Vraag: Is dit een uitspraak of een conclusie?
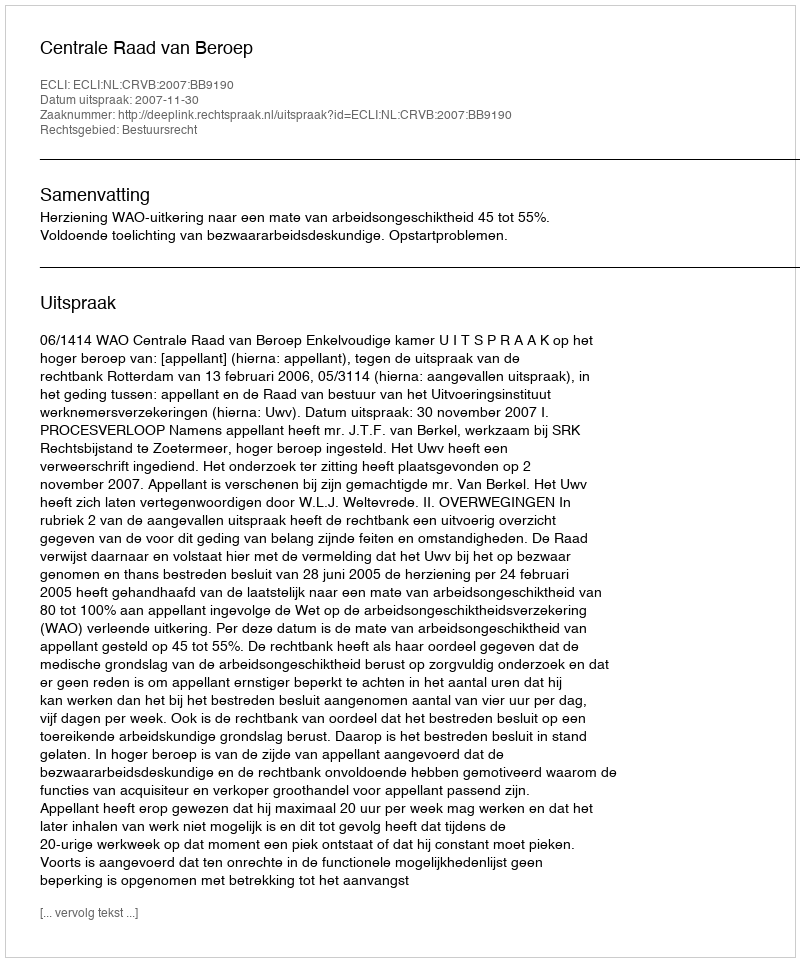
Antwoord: Uitspraak